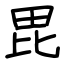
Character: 毘